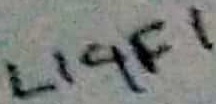
Text: LIGF1